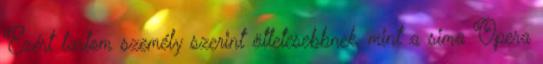
Ezért tartom személy szerint ötletesebbnek, mint a sima Opera